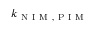
k _ { \mathrm { ~ N ~ I ~ M ~ , ~ P ~ I ~ M ~ } }